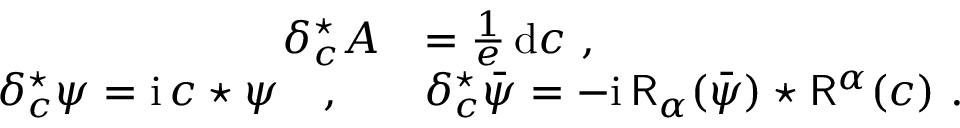
\begin{array} { r l } { \delta _ { c } ^ { \star } A } & { = \frac { 1 } { e } \, \mathrm { d } c \ , } \\ { \delta _ { c } ^ { \star } \psi = { \mathrm { i } } \, c \star \psi \quad , \quad } & { \delta _ { c } ^ { \star } \bar { \psi } = - { \mathrm { i } } \, \mathsf { R } _ { \alpha } ( \bar { \psi } ) \star \mathsf { R } ^ { \alpha } ( c ) \ . } \end{array}